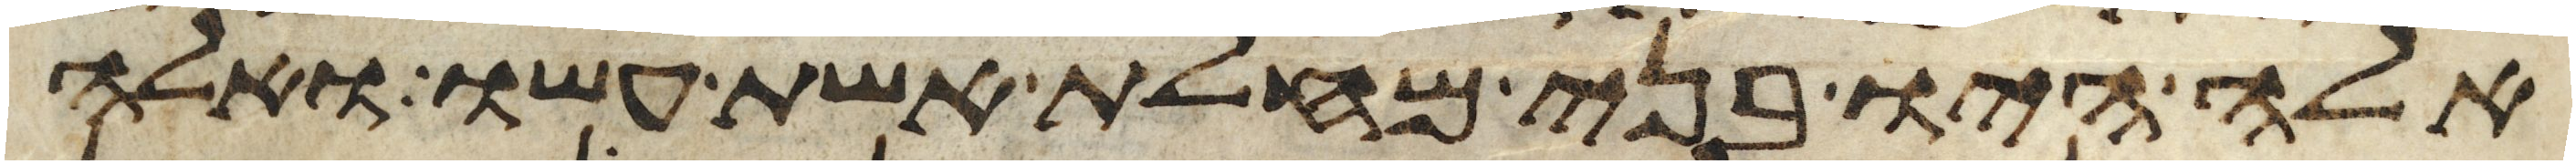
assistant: אלה היו בני מחלת אשת עשו ואלה